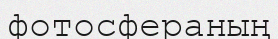
фотосфераның